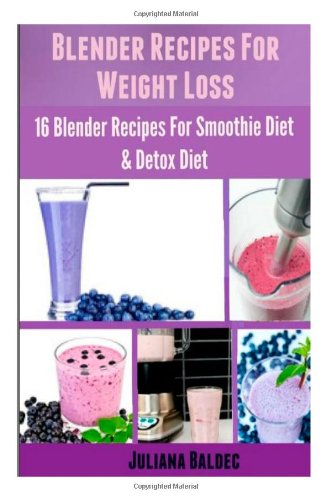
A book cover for Blender Recipes For Weight Loss: 16 Blender Recipes For The Smoothie Diet & Detox Diet; Juliana Baldec; Cookbooks, Food & Wine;